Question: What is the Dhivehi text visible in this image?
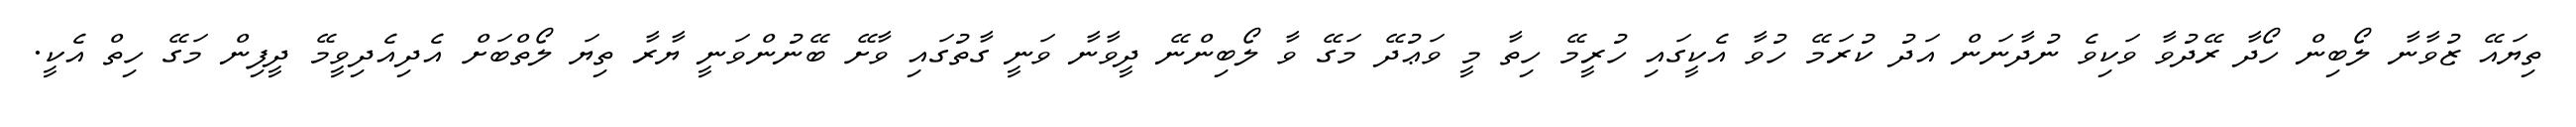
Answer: ތިޔައޭ ޒުވާނާ ލޯބިން ހޯދާ ރޭދުވާ ވަކިވެ ނުދާނަން އަދު ކުރަމޭ ހުވާ އެކީގައި ހުރީމޭ ހިތާ މީ ވަޢުދޭ މަގޭ ވާ ލޯބިންނޭ ދީވާނާ ވަނީ ގާތުގައި ވާށޭ ބޭނުންވަނީ ޔާރާ ތިޔަ ލޯތްބަށް އެދިއެދިވީމޭ ދީފިން މަގޭ ހިތް އެކީ.